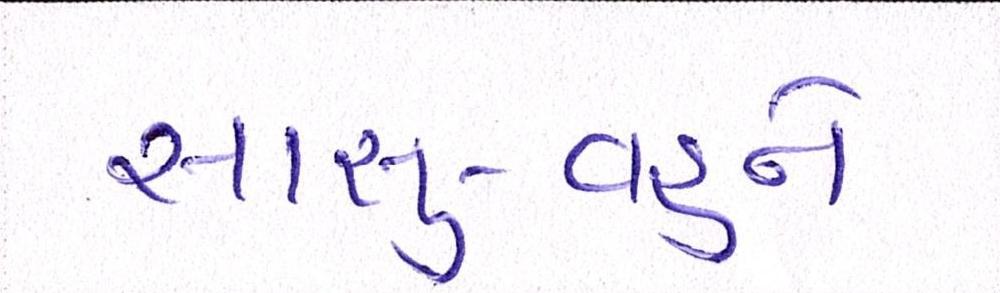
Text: સાસુ-વહુને